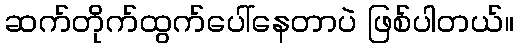
ဆက်တိုက်ထွက်ပေါ်နေတာပဲ ဖြစ်ပါတယ်။